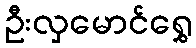
ဦးလှမောင်ရွှေ